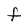
Character: F